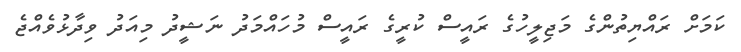
ކަމަށް ރައްޔިތުންގެ މަޖިލީހުގެ ރައީސް ކުރީގެ ރައީސް މުހައްމަދު ނަޝީދު މިއަދު ވިދާޅުވެއްޖެ